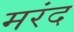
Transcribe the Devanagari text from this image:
मरंद